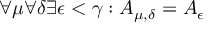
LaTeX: \forall \mu \forall \delta \exists \epsilon < \gamma : A _ { \mu , \delta } = A _ { \epsilon }